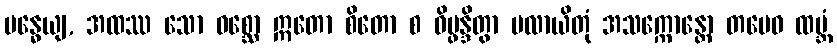
ဗန္ဓေယျ, အထဿ သော ဝစ္ဆော ဣတော စိတော စ ဝိပ္ဖန္ဒိတွာ ပလာယိတုံ အသက္ကောန္တော တမေဝ ထမ္ဘံ